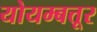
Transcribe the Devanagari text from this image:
योयम्बत्तूर